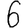
Digit: 6